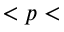
< p <